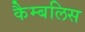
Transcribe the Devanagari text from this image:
कैम्बलिस